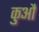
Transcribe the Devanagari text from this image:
कुऔ